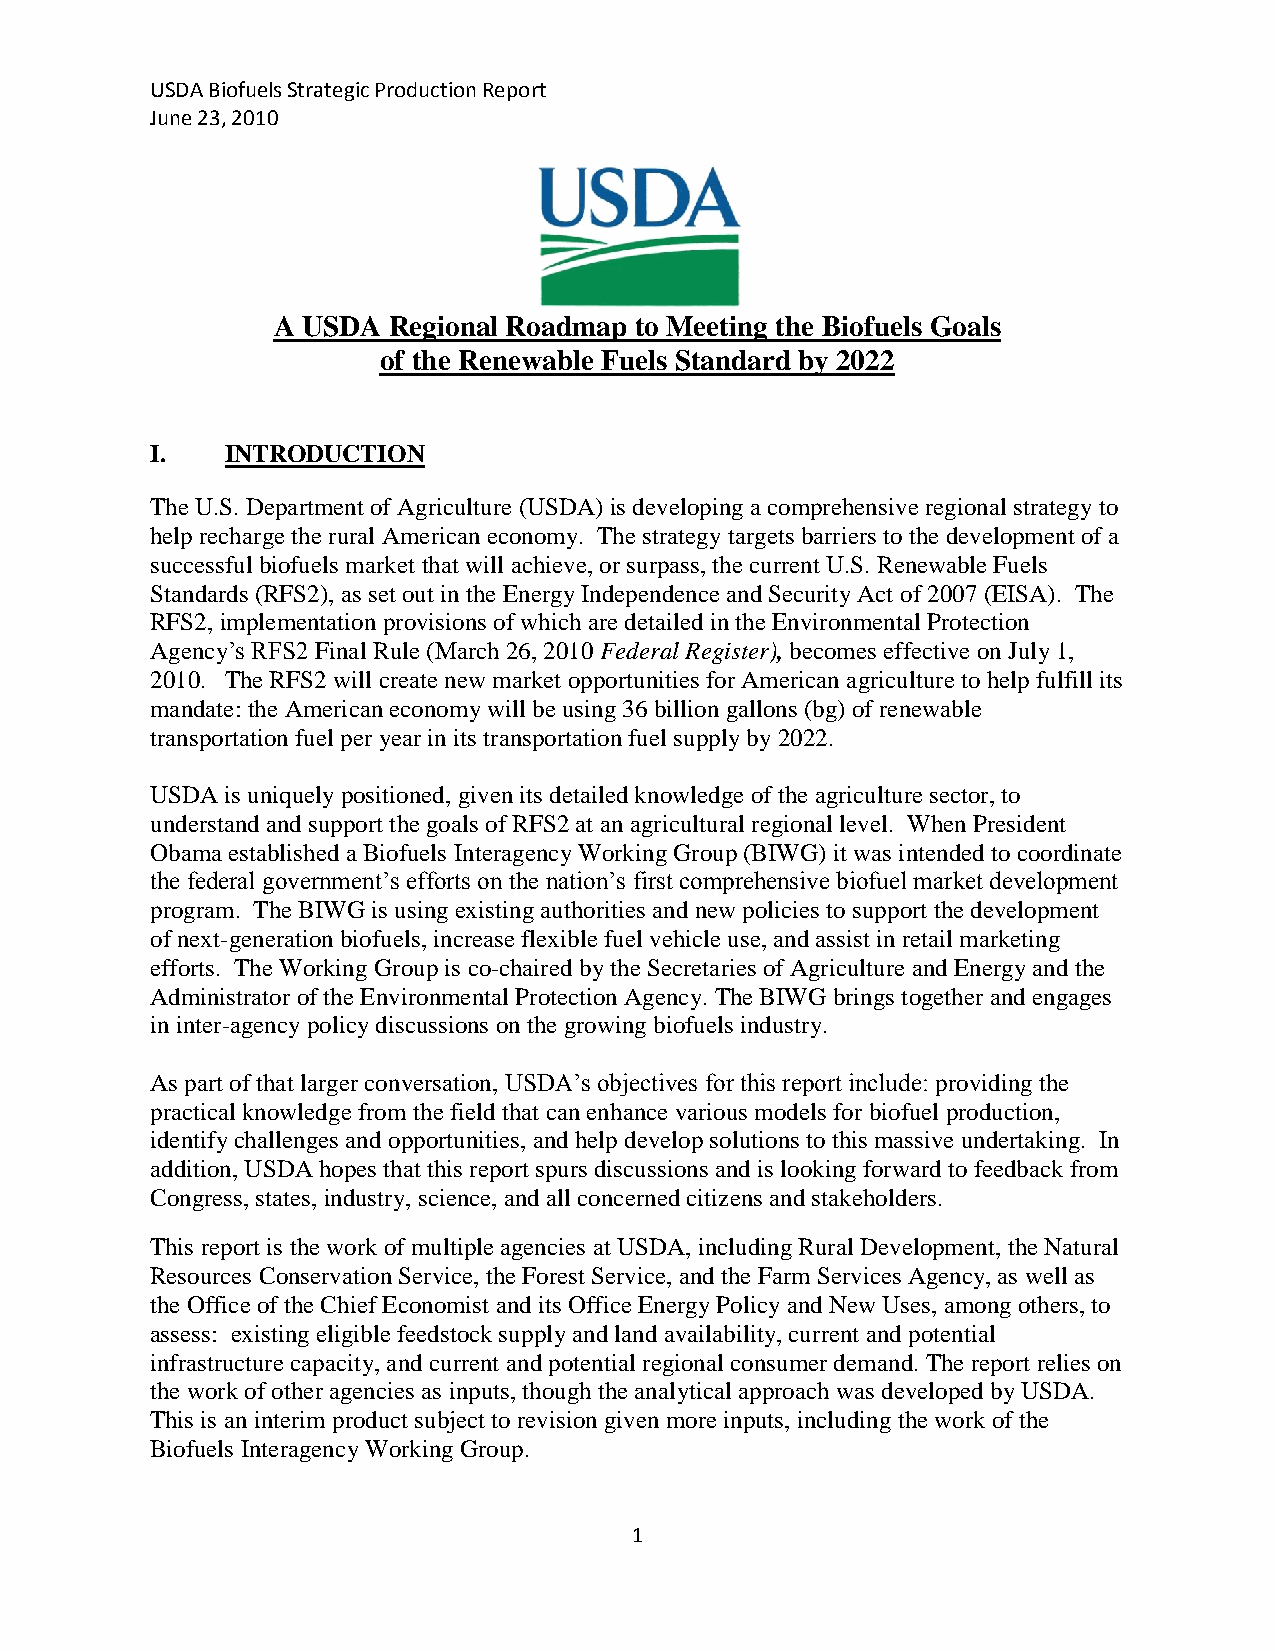
USDA Biofuels Strategic Production Report
 June 23, 2010
 A USDA  Regional Roadmap to Meeting the Biofuels Goals
 of the Renewable Fuels Standard by 2022
 I.   INTRODUCTION
 The U.S. Department of Agriculture (USDA) is developing a comprehensive regional strategy to
 help recharge the rural American economy. The strategy targets barriers to the development of a
 successful biofuels market that will achieve, or surpass, the current U.S. Renewable Fuels
 Standards (RFS2), as set out in the Energy Independence and Security Act of 2007 (EISA). The
 RFS2, implementation provisions of which are detailed in the Environmental Protection
 Agency’s RFS2 Final Rule (March 26, 2010 Federal Register), becomes effective on July 1,
 2010. The RFS2 will create new market opportunities for American agriculture to help fulfill its
 mandate: the American economy will be using 36 billion gallons (bg) of renewable
 transportation fuel per year in its transportation fuel supply by 2022.
 USDA is uniquely positioned, given its detailed knowledge of the agriculture sector, to
 understand and support the goals of RFS2 at an agricultural regional level. When President
 Obama established a Biofuels Interagency Working Group (BIWG) it was intended to coordinate
 the federal government’s efforts on the nation’s first comprehensive biofuel market development
 program. The BIWG is using existing authorities and new policies to support the development
 of next-generation biofuels, increase flexible fuel vehicle use, and assist in retail marketing
 efforts. The Working Group is co-chaired by the Secretaries of Agriculture and Energy and the
 Administrator of the Environmental Protection Agency. The BIWG brings together and engages
 in inter-agency policy discussions on the growing biofuels industry.
 As part of that larger conversation, USDA’s objectives for this report include: providing the
 practical knowledge from the field that can enhance various models for biofuel production,
 identify challenges and opportunities, and help develop solutions to this massive undertaking. In
 addition, USDA hopes that this report spurs discussions and is looking forward to feedback from
 Congress, states, industry, science, and all concerned citizens and stakeholders.
 This report is the work of multiple agencies at USDA, including Rural Development, the Natural
 Resources Conservation Service, the Forest Service, and the Farm Services Agency, as well as
 the Office of the Chief Economist and its Office Energy Policy and New Uses, among others, to
 assess: existing eligible feedstock supply and land availability, current and potential
 infrastructure capacity, and current and potential regional consumer demand. The report relies on
 the work of other agencies as inputs, though the analytical approach was developed by USDA.
 This is an interim product subject to revision given more inputs, including the work of the
 Biofuels Interagency Working Group.
 1